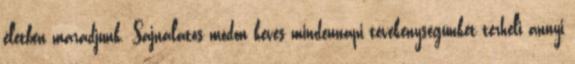
életben maradjunk. Sajnálatos módon kevés mindennapi tevékenységünket terheli annyi